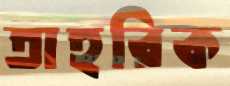
তাহরিক